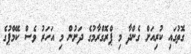
ގޮތުގައި ކުރިއަށް ގެންދާ މި ޕްރޮގްރާމުގެ ދަށުން މި އަހަރު ވެސް ކޭމްޕުގެ